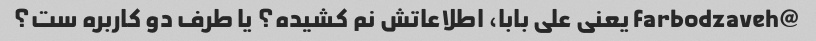
@farbodzaveh یعنی علی بابا، اطلاعاتش نم کشیده؟ یا طرف دو کاربره ست؟